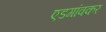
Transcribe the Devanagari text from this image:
एडगांवकर